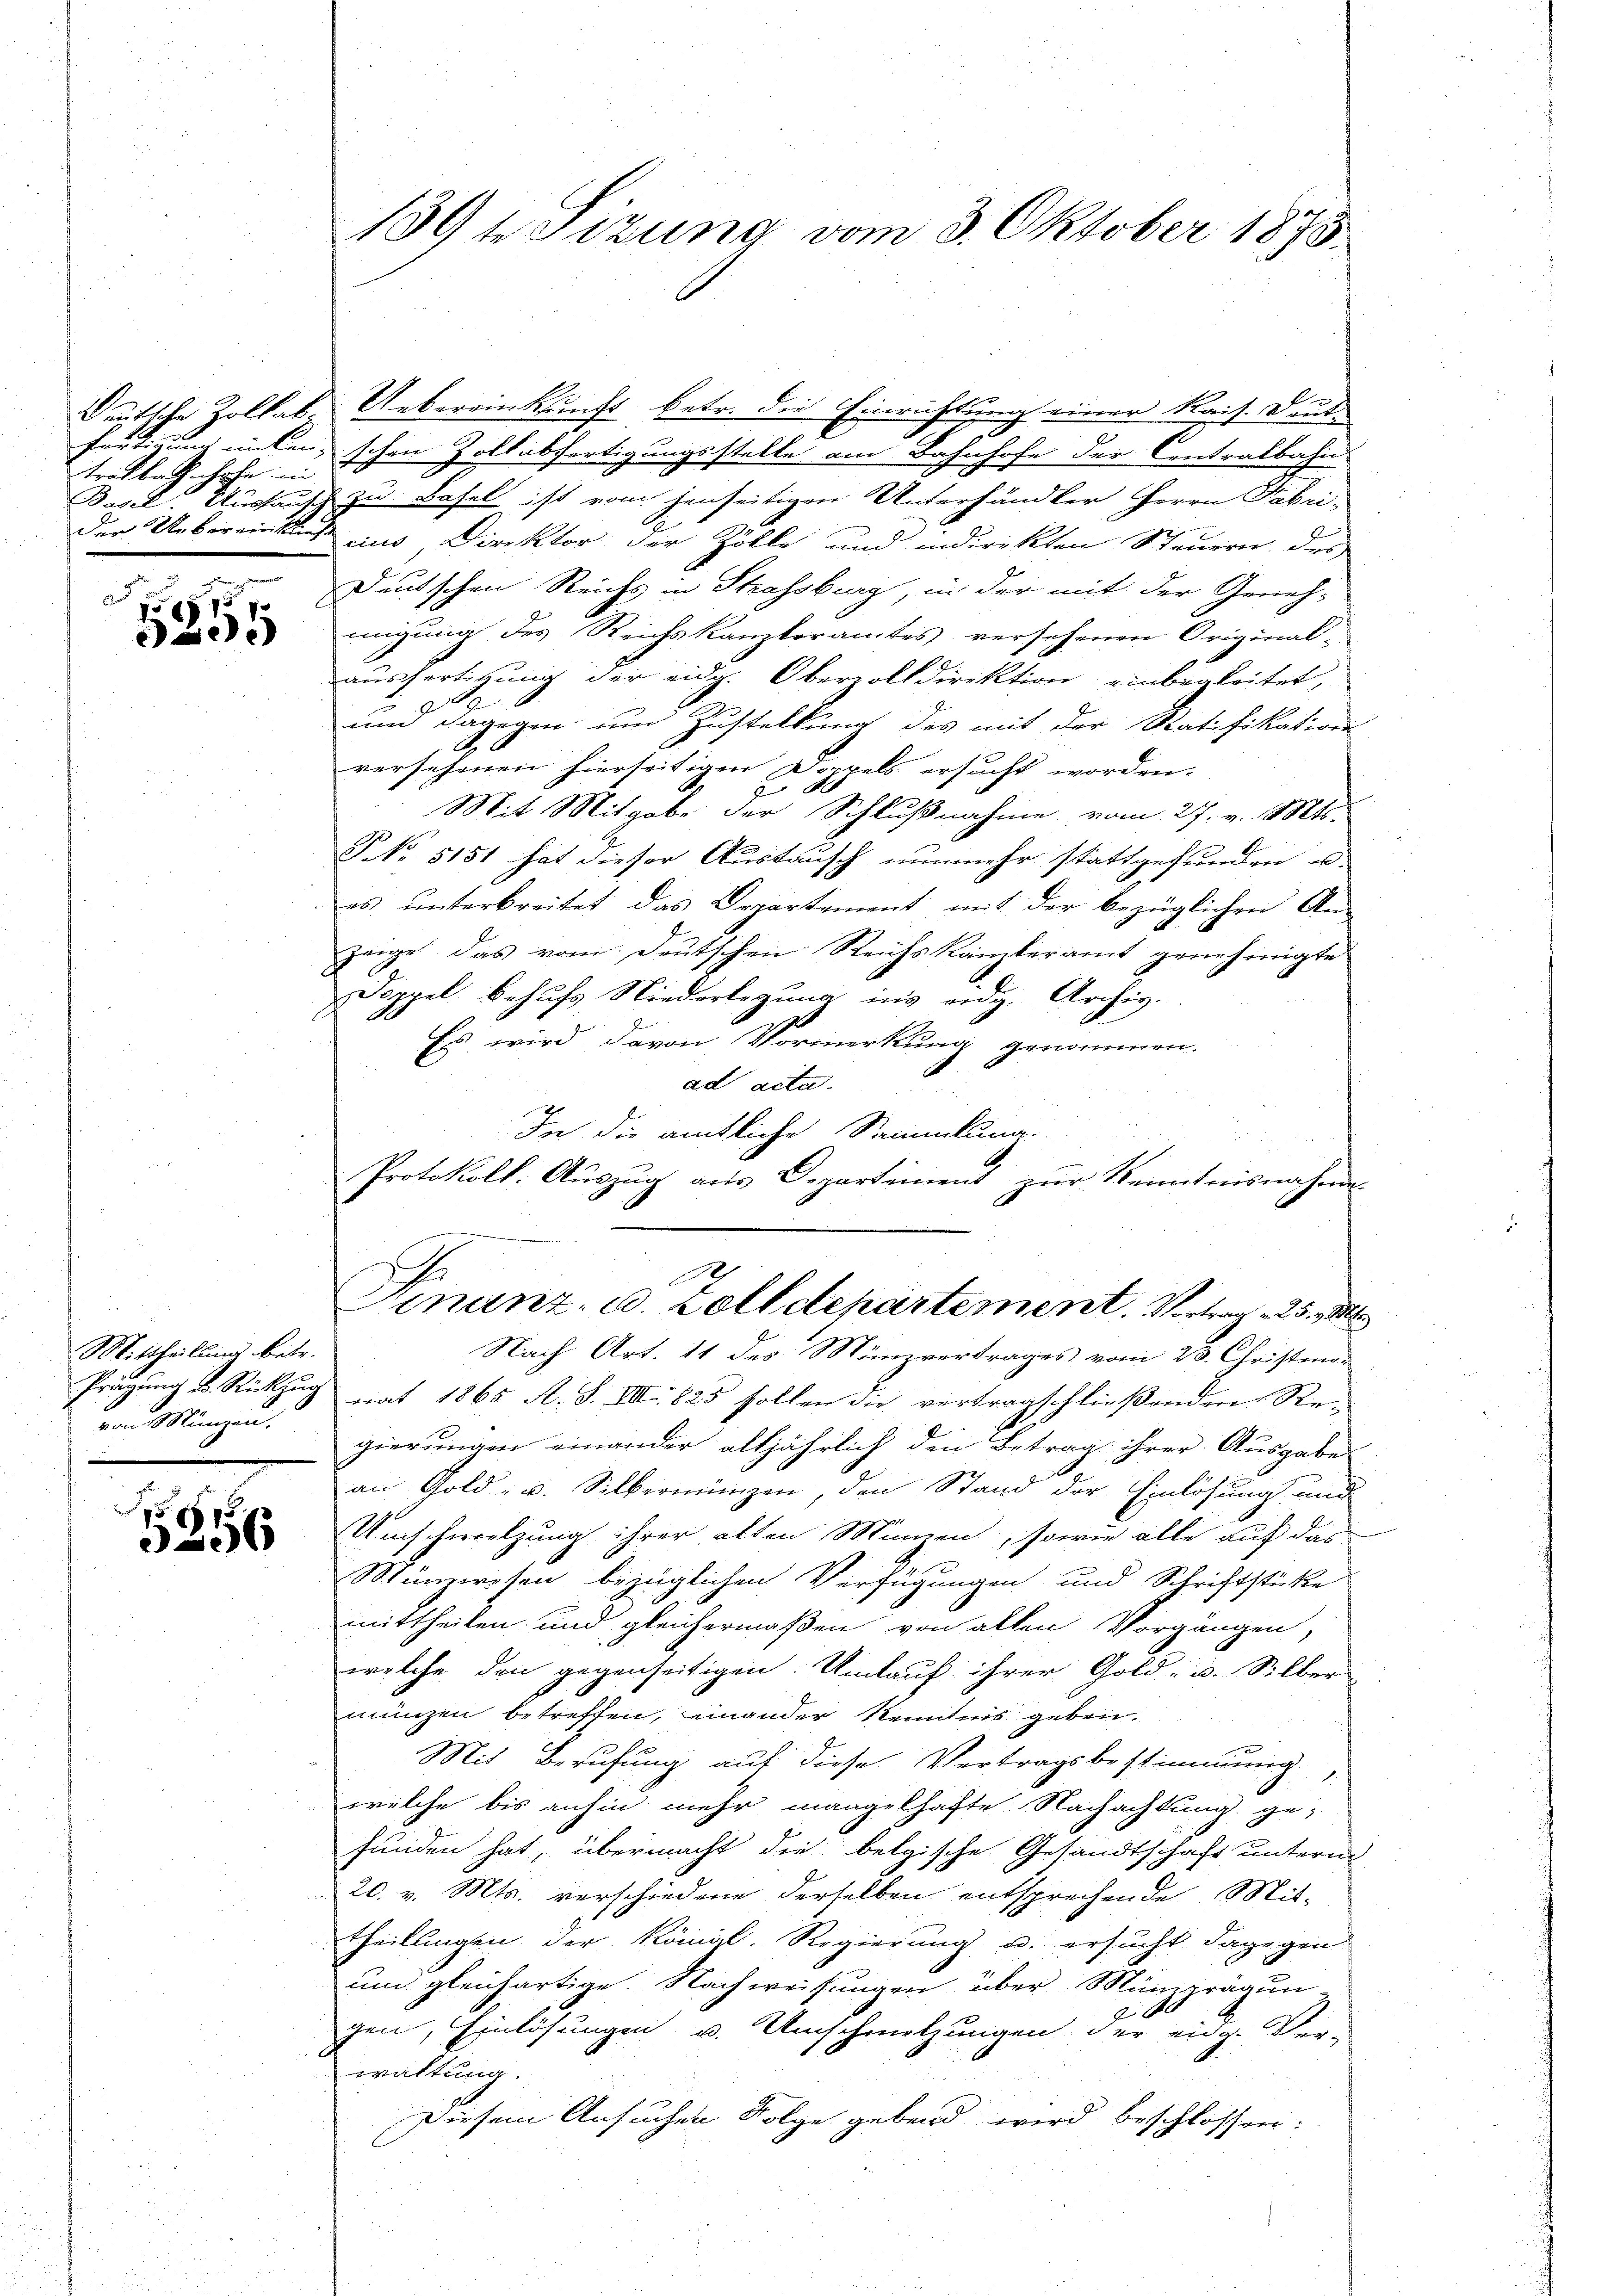
trafbahnhofe in
der Uebereinisten

518
e

Mittheilung betr.
von Münzen.

51875
06

189 besizung vom 3. Oktober 1875

Deutsche Zollat Uebereinkunft betr. die Einrichtung einer Kais. Deutfertigung miten, schon Zollabfertigungsstelle am Bahnhofe der Contralbahn
Basel. Ausfausch zu Basel ist vom jenseitigen Unterhändler Herrn Fabri-
cius, Direktor der Zölle und indirekten Steuern des
Deutschen Reichs in Strassburg, in der mit der Geneh-
mnigung des Reichskanzleramtes versehenen Original-
ausfertigung der eidg. Oberzolldirektion einbegleitet,
und dagegen um Zustellung des mit der Ratifikation
versehenen hierseitigen Doppels ersucht worden.
Mit Mitgabe der Schlußnahme vom 27. v. Mts.
§ NNo. 5151 hat dieser Austausch nunmehr stattgefunden u.
es ŭnterbreitet das Departement mit der bezüglichen An-
zeige, das vom Deutschen Reichskanzleramt genehmigte
Doppel behufs Niederlegung ins eidg. Archiv.
Es wird davon Vormerkung genommen.
1
.
ad acta.
In die amtliche Sammlung.
Protokoll. Auszug aus Departement zur Kenntnisnahme
Nach Art. 11 des Münzvertrages vom 28. Christeno-
Prägung u. Rückzug nat 1865 A. S. VIII 825 sollen die vertragschließenden Re-
gierungen einander alljährlich den Betrag ihrer Ausgabe
an Gold- u. Silbermingen, den Stand der Einlösung und
Umschwelzung ihrer alten Minnen, sowie alle auf das
Münzwesen bezüglichen Verfügungen und Schriftstücke
mittheilen und gleichermaßen von allen Vorgängen,
welche den gegenseitigen. Umlauf ihrer Gold- u. Silber
münzen betreffen, einander Kenntnis geben.
Mit Berufung auf diese Vertragsbestimmung
welche bis anhin mehr mangelhafte Nachachtung ge-
funden hat, übermacht die belgische Gesandtschaft unterm
20. v. Mts. verschiedene derselben entsprechende Mit-
Theilungen der Königl. Regierung u. ersucht dagegen
und gleichartige Nachweisungen über Münzprägun-
E
gen, Einlösungen u. Umschmelzungen der eidg. Ver-
waltung.
Diesem Ansuchen Folge gebend wird beschlossen:

2
Finanz- u. Zolldepartement. Vortrag 25.